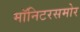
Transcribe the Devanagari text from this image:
मॉनिटरसमोर